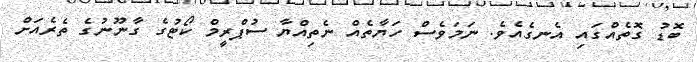
ބޮޑު ގޮތެއްގައި އެނގެއެވެ. ނަމަވެސް ހަޔާތެއް ނެތިއްޔާ ސުޕްރީމް ކޯޓުގެ ގާނޫނުގެ ތެރެއަށް